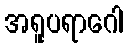
အရူပရာဂေါ